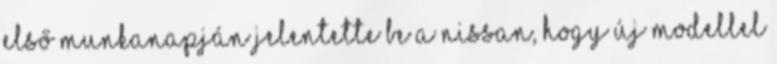
első munkanapján jelentette be a Nissan, hogy új modellel